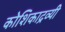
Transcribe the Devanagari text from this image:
कोशिकाद्रव्यी